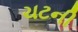
ચટની